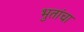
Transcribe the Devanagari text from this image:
भुतांचा